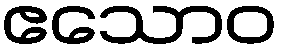
ဧသောဝ